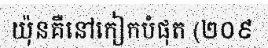
យ៉ុនគឺនៅកៀកបំផុត (២០៩